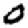
Digit: 0